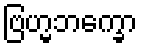
ဗြဟ္မဘက္ခော